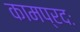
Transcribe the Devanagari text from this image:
कामप्रदः